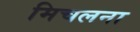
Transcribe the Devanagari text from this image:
मिचलना